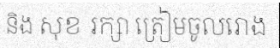
និង សុខ រក្សា ត្រៀមចូលរោង